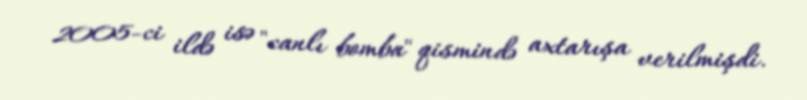
2005-ci ildə isə "canlı bomba" qismində axtarışa verilmişdi.